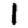
Digit: 1